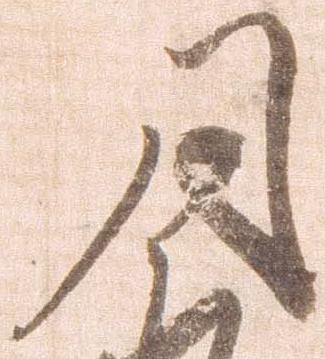
月